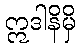
ဣဒါနိမှိ